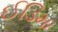
ઈડિમા